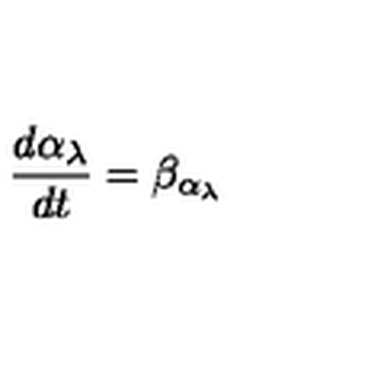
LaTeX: \frac { d \alpha _ { \lambda } } { d t } = \beta _ { \alpha _ { \lambda } }